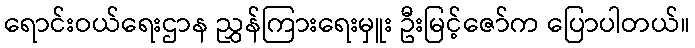
ရောင်းဝယ်ရေးဌာန ညွှန်ကြားရေးမှူး ဦးမြင့်ဇော်က ပြောပါတယ်။